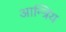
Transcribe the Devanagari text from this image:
आन्त्रिय